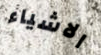
الاشياء